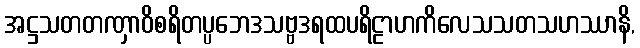
အဋ္ဌသတတဏှာဝိစရိတပ္ပဘေဒသဗ္ဗဒရထပရိဠာဟကိလေသသတသဟဿာနိ,